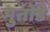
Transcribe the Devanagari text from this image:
भुतोंडे